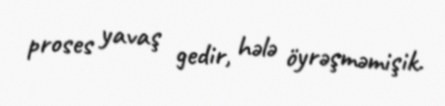
proses yavaş gedir, hələ öyrəşməmişik.